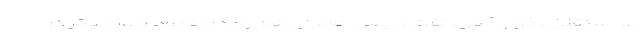
در استقلال، ذوب آهن، نفت و پاس همدان هم رخ داده بود و بار دیگر در